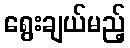
ရွေးချယ်မည့်